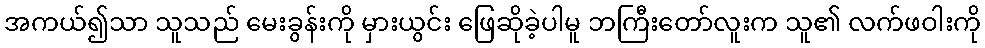
အကယ်၍သာ သူသည် မေးခွန်းကို မှားယွင်း ဖြေဆိုခဲ့ပါမူ ဘကြီးတော်လူးက သူ၏ လက်ဖဝါးကို